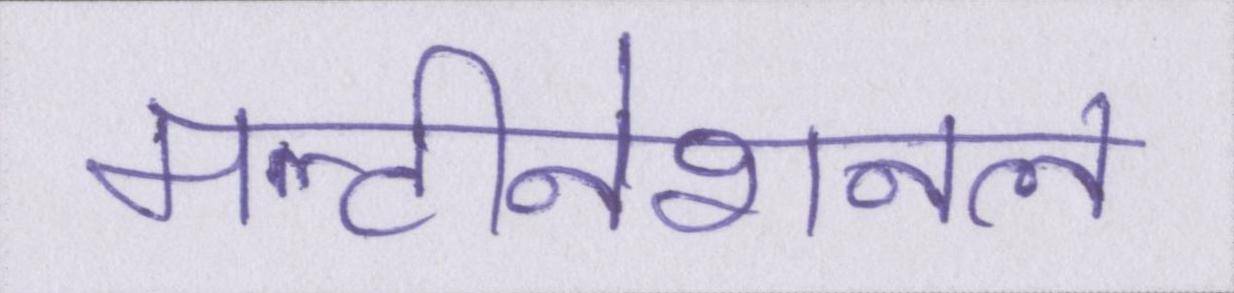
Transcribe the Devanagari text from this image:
मल्टीनेशनल